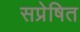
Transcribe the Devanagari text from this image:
सप्रेषित